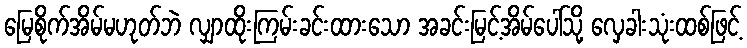
မြေစိုက်အိမ်မဟုတ်ဘဲ လျှာထိုးကြမ်းခင်းထားသော အခင်းမြင့်အိမ်ပေါ်သို့ လှေခါးသုံးထစ်ဖြင့်